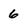
Character: 6